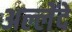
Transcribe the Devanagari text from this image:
अल्लेंदे